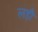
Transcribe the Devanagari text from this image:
लड़ौं